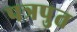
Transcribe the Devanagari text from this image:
पत्रपुत